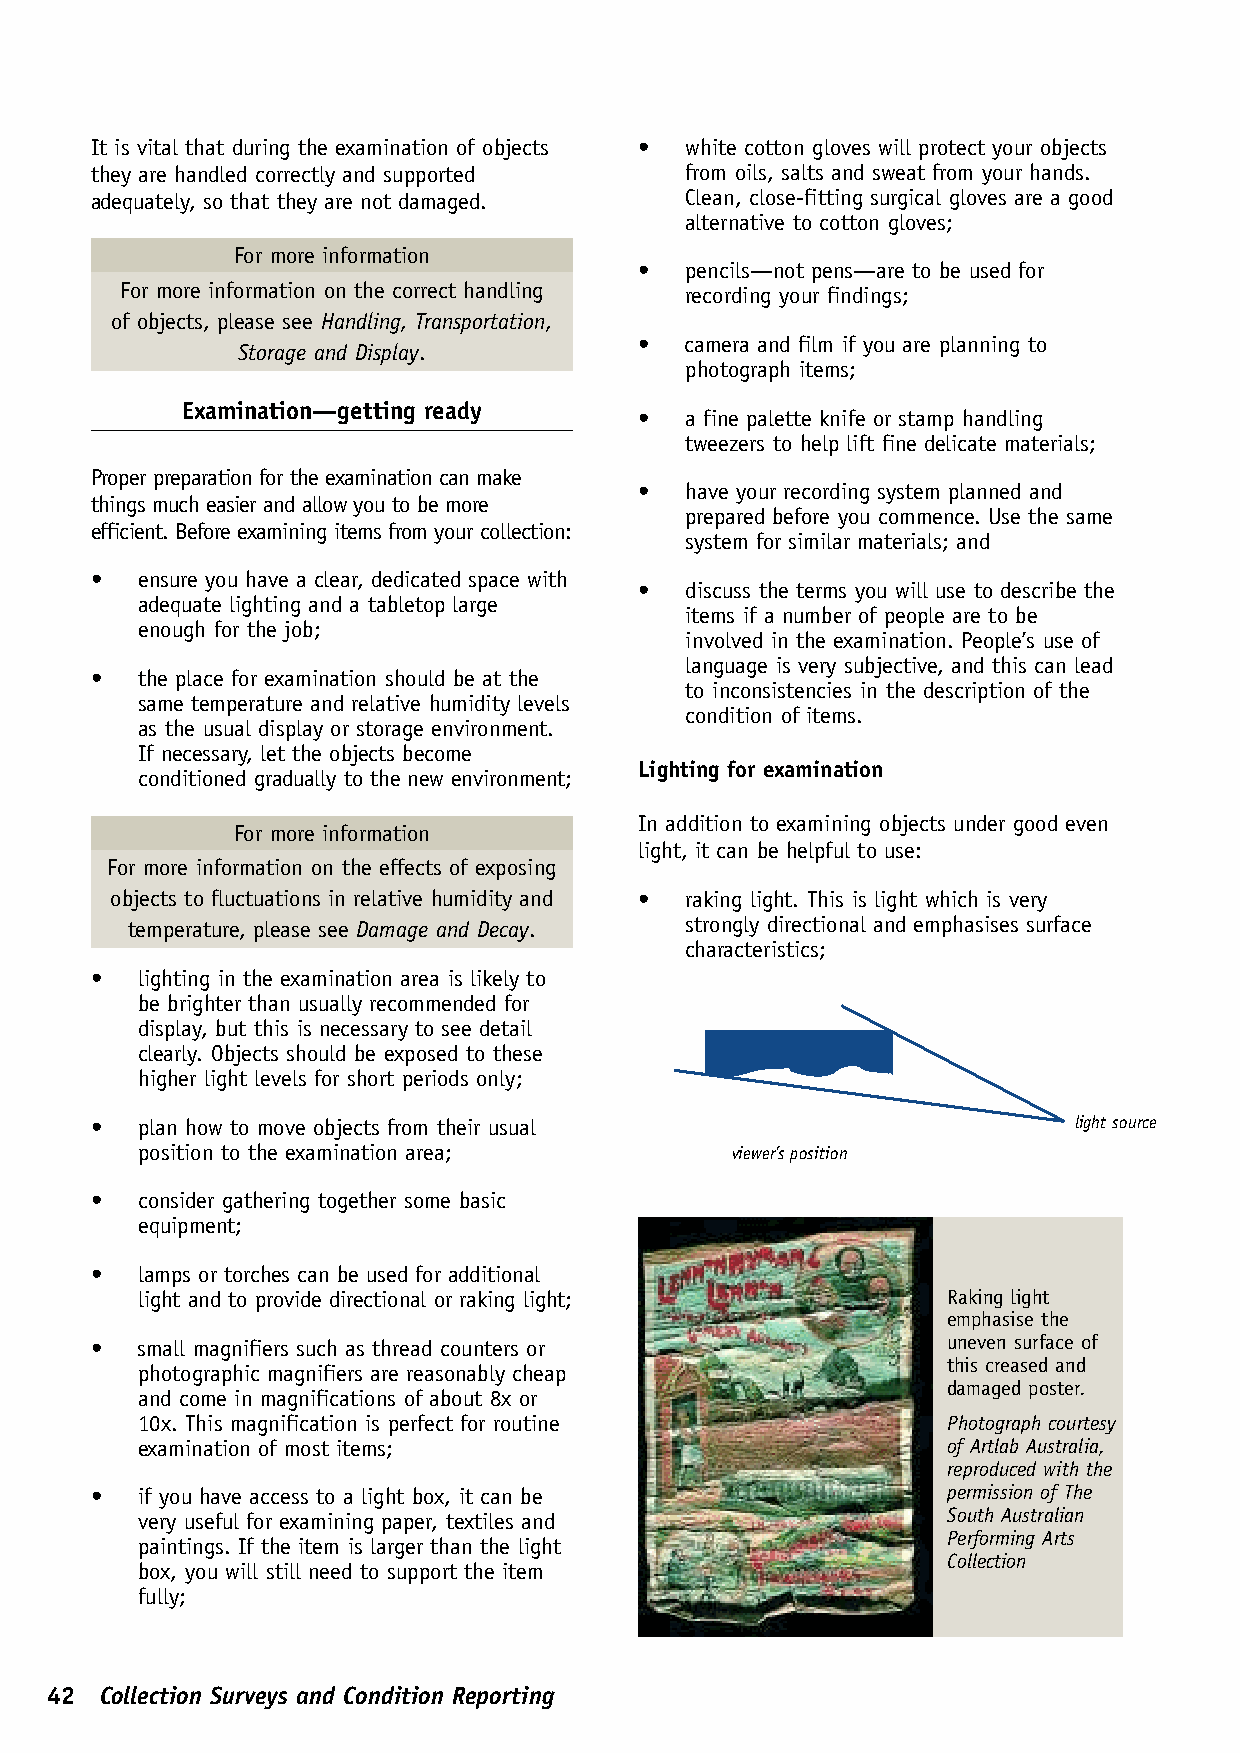
It is vital that during the examination of objects • white cotton gloves will protect your objects
 they are handled correctly and supported from oils, salts and sweat from your hands.
 adequately, so that they are not damaged. Clean, close-fitting surgical gloves are a good
 alternative to cotton gloves;
 For more information
 •  pencils—not pens—are to be used for
 For more information on the correct handling recording your findings;
 of objects, please see Handling, Transportation,
 •  camera and film if you are planning to
 Storage and Display.
 photograph items;
 Examination—getting ready
 •  a fine palette knife or stamp handling
 tweezers to help lift fine delicate materials;
 Proper preparation for the examination can make
 •  have your recording system planned and
 things much easier and allow you to be more
 prepared before you commence. Use the same
 efficient. Before examining items from your collection:
 system for similar materials; and
 •  ensure you have a clear, dedicated space with
 •  discuss the terms you will use to describe the
 adequate lighting and a tabletop large
 items if a number of people are to be
 enough for the job;
 involved in the examination. People’s use of
 language is very subjective, and this can lead
 •  the place for examination should be at the
 to inconsistencies in the description of the
 same temperature and relative humidity levels
 condition of items.
 as the usual display or storage environment.
 If necessary, let the objects become
 Lighting for examination
 conditioned gradually to the new environment;
 In addition to examining objects under good even
 For more information
 light, it can be helpful to use:
 For more information on the effects of exposing
 objects to fluctuations in relative humidity and • raking light. This is light which is very
 temperature, please see Damage and Decay. strongly directional and emphasises surface
 characteristics;
 •  lighting in the examination area is likely to
 be brighter than usually recommended for
 display, but this is necessary to see detail
 clearly. Objects should be exposed to these
 higher light levels for short periods only;
 •  plan how to move objects from their usual                     light source
 position to the examination area;      viewer’s position
 •  consider gathering together some basic
 equipment;
 •  lamps or torches can be used for additional
 light and to provide directional or raking light;     Raking light
 emphasise the
 •  small magnifiers such as thread counters or           uneven surface of
 this creased and
 photographic magnifiers are reasonably cheap
 damaged poster.
 and come in magnifications of about 8x or
 10x. This magnification is perfect for routine        Photograph courtesy
 examination of most items;                            of Artlab Australia,
 reproduced with the
 •  if you have access to a light box, it can be          permission of The
 very useful for examining paper, textiles and         South Australian
 Performing Arts
 paintings. If the item is larger than the light
 Collection
 box, you will still need to support the item
 fully;
 42  Collection Surveys and Condition Reporting